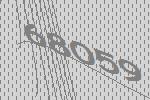
68059